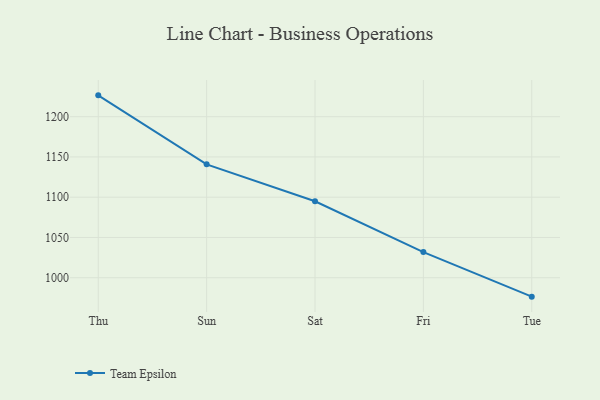
{"axis": {"x": "Day", "y": "Budget (USD K)"}, "legend": ["Team Epsilon"], "data": [{"x": "Thu", "y": 1226.5, "type": "Team Epsilon"}, {"x": "Sun", "y": 1140.8, "type": "Team Epsilon"}, {"x": "Sat", "y": 1095.0, "type": "Team Epsilon"}, {"x": "Fri", "y": 1031.8, "type": "Team Epsilon"}, {"x": "Tue", "y": 976.5, "type": "Team Epsilon"}]}